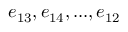
e _ { 1 3 } , e _ { 1 4 } , . . . , e _ { 1 2 }